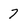
Character: 7